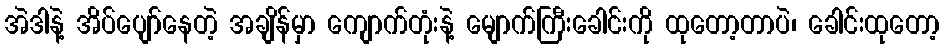
အဲဒါနဲ့ အိပ်ပျော်နေတဲ့ အချိန်မှာ ကျောက်တုံးနဲ့ မျောက်ကြီးခေါင်းကို ထုတော့တာပဲ၊ ခေါင်းထုတော့